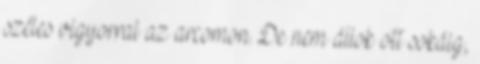
széles vigyorral az arcomon. De nem állok ott sokáig,